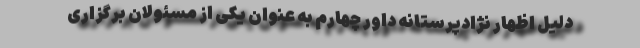
دلیل اظهار نژادپرستانه داور چهارم به عنوان یکی از مسئولان برگزاری